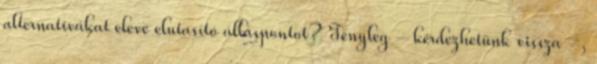
alternatívákat eleve elutasító álláspontot? Tényleg – kérdezhetünk vissza –,